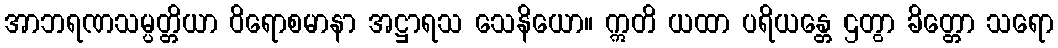
အာဘရဏသမ္ပတ္တိယာ ဝိရောစမာနာ အဋ္ဌာရသ သေနိယော။ ဣတိ ယထာ ပရိယန္တေ ဌတွာ ခိတ္တော သရော